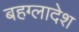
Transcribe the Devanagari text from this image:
बहग्लादेश